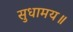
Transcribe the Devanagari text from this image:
सुधामय॥